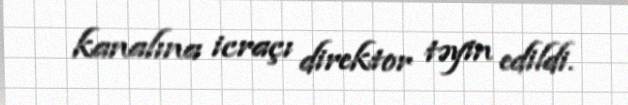
kanalına icraçı direktor təyin edildi.